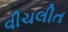
વીચલીત